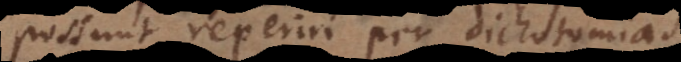
possunt reperiri per dichotomias,